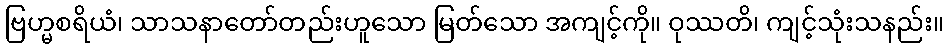
ဗြဟ္မစရိယံ၊ သာသနာတော်တည်းဟူသော မြတ်သော အကျင့်ကို။ ဝုဿတိ၊ ကျင့်သုံးသနည်း။